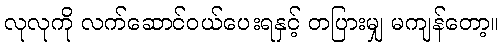
လုလုကို လက်ဆောင်ဝယ်ပေးရနှင့် တပြားမျှ မကျန်တော့။